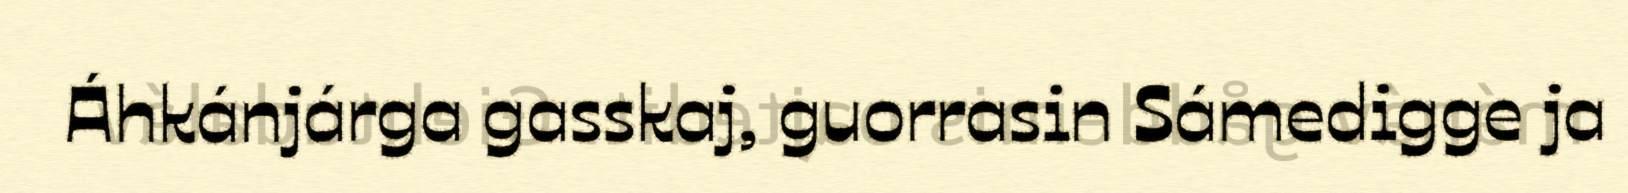
Áhkánjárga gasskaj, guorrasin Sámedigge ja